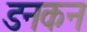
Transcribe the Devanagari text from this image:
डनकन